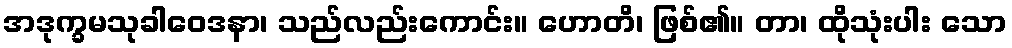
အဒုက္ခမသုခါဝေဒနာ၊ သည်လည်းကောင်း။ ဟောတိ၊ ဖြစ်၏။ တာ၊ ထိုသုံးပါး သော